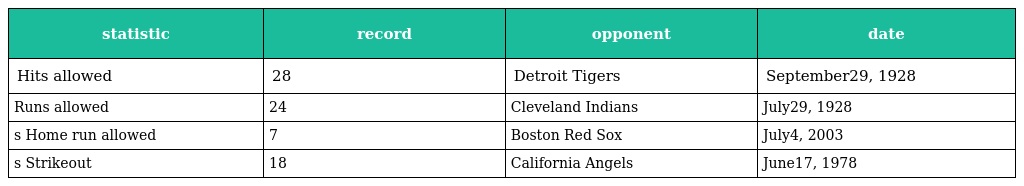
| statistic | record | opponent | date |
 | --- | --- | --- | --- |
 | Hits allowed | 28 | Detroit Tigers | September29, 1928 |
 | Runs allowed | 24 | Cleveland Indians | July29, 1928 |
 | s Home run allowed | 7 | Boston Red Sox | July4, 2003 |
 | s Strikeout | 18 | California Angels | June17, 1978 |